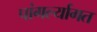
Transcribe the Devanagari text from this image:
पांगर्ल्यागत